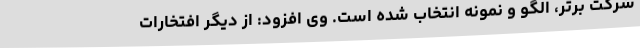
شرکت برتر، الگو و نمونه انتخاب شده است. وی افزود: از دیگر افتخارات